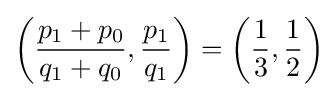
\left({\frac {p_{1}+p_{0}}{q_{1}+q_{0}}},{\frac {p_{1}}{q_{1}}}\right)=\left({\frac {1}{3}},{\frac {1}{2}}\right)\!